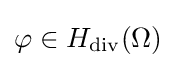
\varphi \in H_{\operatorname {div} }(\Omega )